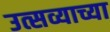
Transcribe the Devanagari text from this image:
उत्सव्याच्या